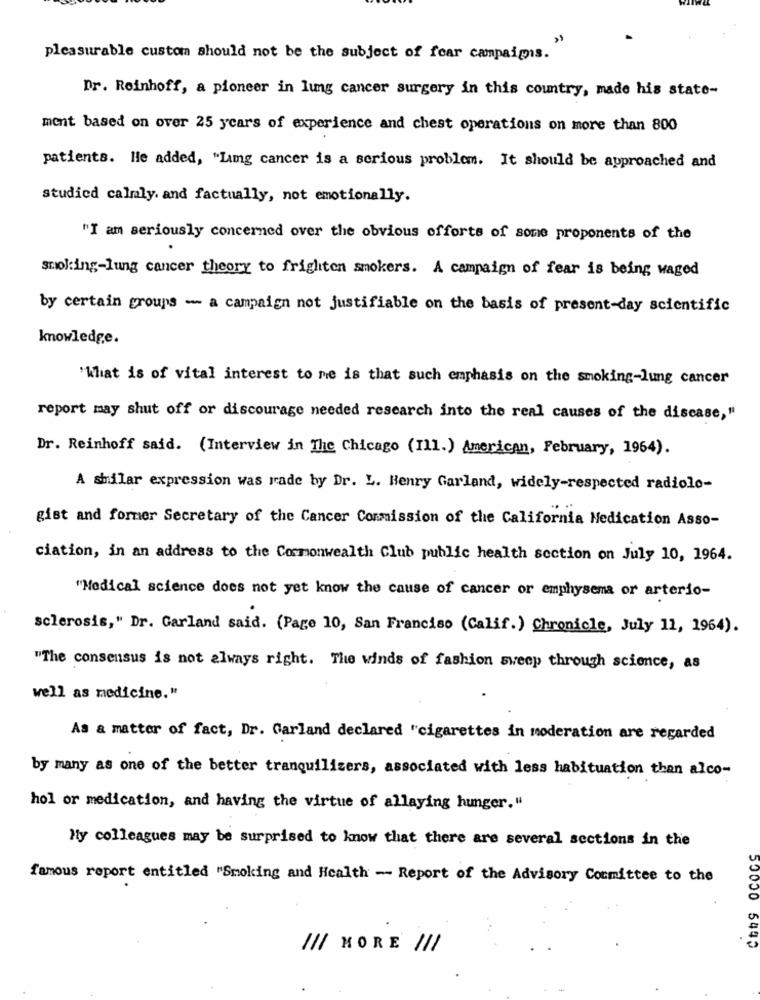
pleasurable custom should not be the subject of fear campaigns.
Dr. Reinhoff, a pioneer in lung cancer surgery in this country, made his state-
ment based on over 25 years of experience and chest operations on more than 800
patients. He added, "Lamg cancer is a serious problem. It should be approached and
studied calmly. and factually, not emotionally.
"I am seriously concerned over the obvious efforts of some proponents of the
smoking-lung cancer theory to frighten smokers. A campaign of fear is being waged
by certain groups - a campaign not justifiable on the basis of present-day scientific
knowledge.
'What is of vital interest to me is that such emphasis on the smoking-lung cancer
report may shut off or discourage needed research into the real causes of the discase,"
Dr. Reinhoff said. (Interview in The Chicago (Ill.) American, February, 1964).
A shilar expression was rade by Dr. L. Henry Garland, widely-respected radiolo-
gist and former Secretary of the Cancer Conmission of the California Medication Asso-
ciation, in an address to the Commonwealth Club public health section on July 10, 1964.
"Medical science does not yet know the cause of cancer or emphysema or arterio-
sclerosis," Dr. Garland said. (Page 10, San Franciso (Calif.) Chronicle, July 11, 1964).
"The consensus is not always right. The winds of fashion sweep through science, as
well as medicine."
As a matter of fact, Dr. Garland declared "cigarettes in moderation are regarded
by many as one of the better tranquilizers, associated with less habituation than alco-
hol or medication, and having the virtue of allaying hunger."
My colleagues may be surprised to know that there are several sections in the
famous report entitled "Smoking and Health - Report of the Advisory Committee to the
/// MORE
111
50050 544)